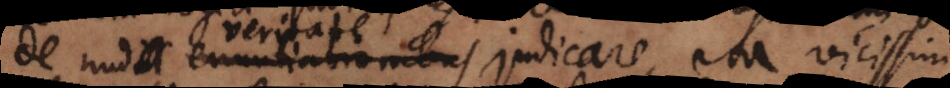
de nuda veritate judicare, ita vicissim